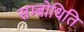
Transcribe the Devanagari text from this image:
सम्बोधिति